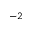
^ { - 2 }